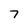
Character: 7